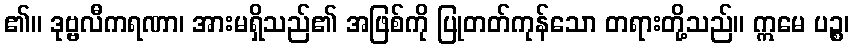
၏။ ဒုဗ္ဗလီကရဏာ၊ အားမရှိသည်၏ အဖြစ်ကို ပြုတတ်ကုန်သော တရားတို့သည်။ ဣမေ ပဉ္စ၊